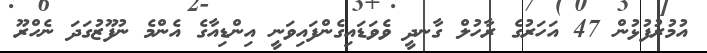
އުމުރުފުޅުން 47 އަހަރުގެ ރާހުލް ގާނދީ ވެވަޑައިގެންފައިވަނީ އިންޑިއާގެ އެންމެ ނުފޫޒުގަދަ ނެހްރޫ